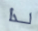
لذا